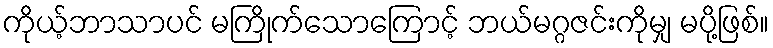
ကိုယ့်ဘာသာပင် မကြိုက်သောကြောင့် ဘယ်မဂ္ဂဇင်းကိုမျှ မပို့ဖြစ်။